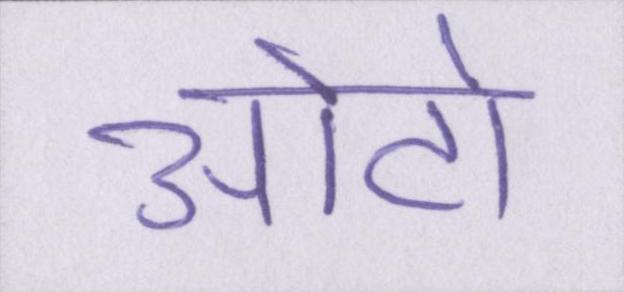
ओटो